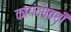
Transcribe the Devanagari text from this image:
कागदपत्री